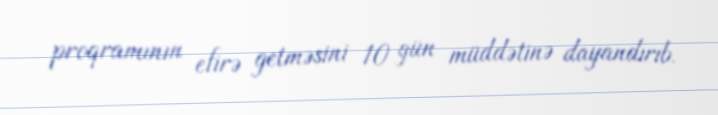
proqramının efirə getməsini 10 gün müddətinə dayandırıb.